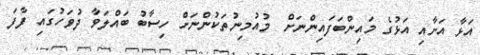
އަޅާ އަށާއި އަޅުގެ މައިންބަފައިންނަށް  މުއުމިނުތަކުންނަށް ހިސާބު ބައްލަވާ ދުވަހުގައި ފާފަ